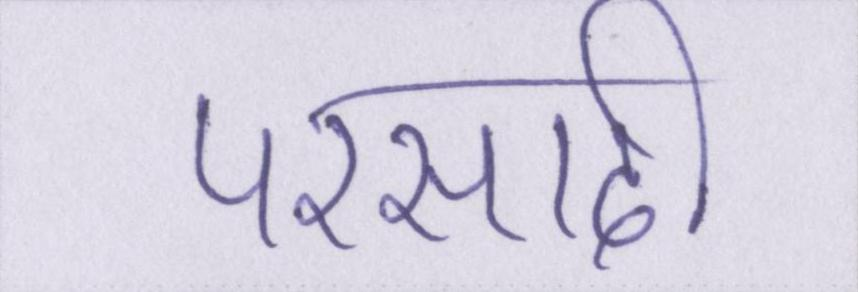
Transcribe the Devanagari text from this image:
परसादी